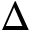
\Delta